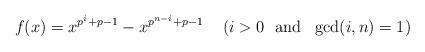
LaTeX: \begin{align*}f(x) = x^{p^i + p-1} - x^{p^{n-i} + p-1} \ \ \ \left( i>0 \ \ \mbox{and} \ \ \gcd(i,n)=1 \right)\end{align*}